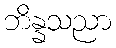
ဘိန္နသညာ